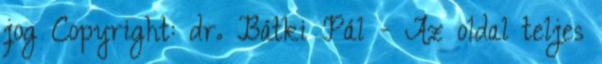
jog Copyright: dr. Bátki Pál - Az oldal teljes